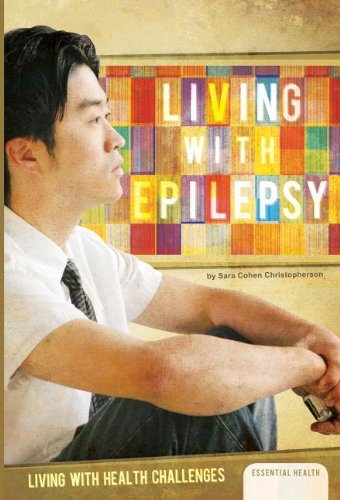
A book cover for Living with Epilepsy (Living with Health Challenges); Sara Cohen Christopherson; Health, Fitness & Dieting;